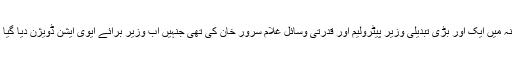
کابینہ میں ایک اور بڑی تبدیلی وزیر پیٹرولیم اور قدرتی وسائل غلام سرور خان کی تھی جنہیں اب وزیر برائے ایوی ایشن ڈویژن دیا گیا ہے۔